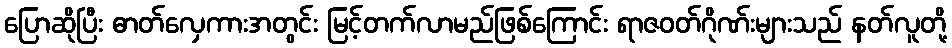
ပြောဆိုပြီး ဓာတ်လှေကားအတွင်း မြင့်တက်လာမည်ဖြစ်ကြောင်း ရာဇဝတ်ဂိုဏ်းများသည် နတ်လူတို့